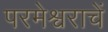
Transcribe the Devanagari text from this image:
परमेश्वराचें